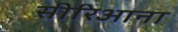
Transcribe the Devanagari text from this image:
सीरिआना